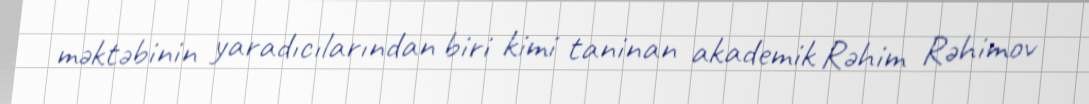
məktəbinin yaradıcılarından biri kimi taninan akademik Rəhim Rəhimov